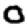
Digit: 0